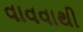
વાવવાથી